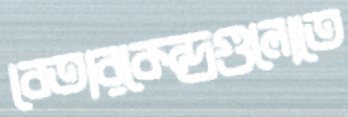
বেতারকেন্দ্রগুলোতে